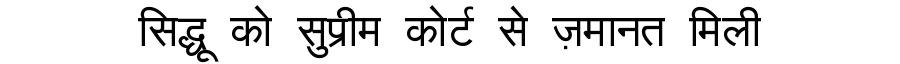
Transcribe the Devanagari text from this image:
सिद्धू को सुप्रीम कोर्ट से ज़मानत मिली